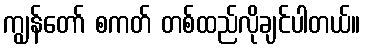
ကျွန်တော် စကတ် တစ်ထည်လိုချင်ပါတယ်။